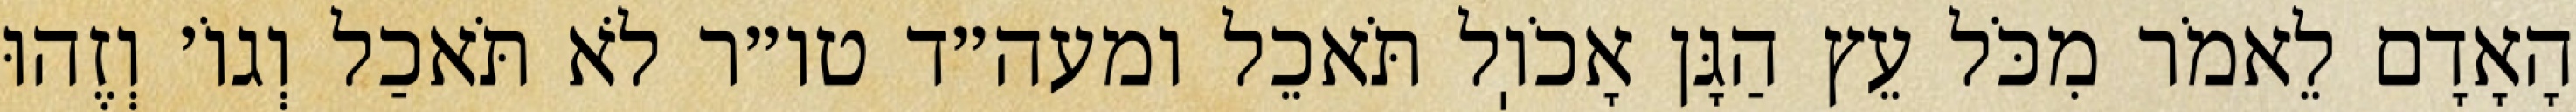
הָאָדָם לֵאמֹר מִכֹּל עֵץ הַגָּן אָכֹוֽל תֹּאכֵל ומעה״ד טו״ר לֹא תֹּאכַל וְגוֹ׳ וְזֶהוּ